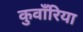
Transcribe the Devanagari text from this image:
कुवाँरिया